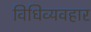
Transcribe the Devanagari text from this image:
विधिव्यवहार